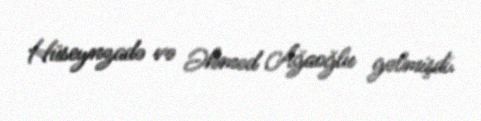
Hüseynzadə və Əhməd Ağaoğlu gəlmişdi.